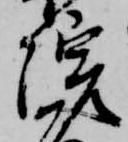
院